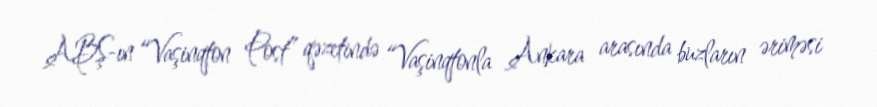
ABŞ-ın “Vaşinqton Post” qəzetində “Vaşinqtonla Ankara arasında buzların əriməsi